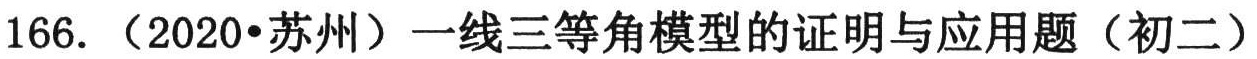
166.（2020•苏州）一线三等角模型的证明与应用题（初二）